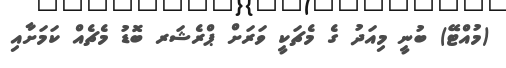
(މުއްޓޭ) ބުނީ މިއަދު ގެ މެޗަކީ ވަރަށް ޕްރެޝަރ ބޮޑު މެޗެއް ކަމަށާއި